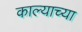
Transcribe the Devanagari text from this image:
काल्याच्या